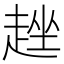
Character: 趖